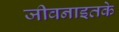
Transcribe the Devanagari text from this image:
जीवनाइतके